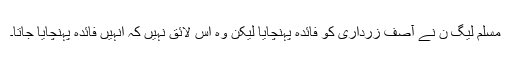
مسلم لیگ ن نے آصف زرداری کو فائدہ پہنچایا لیکن وہ اس لائق نہیں کہ انہیں فائدہ پہنچایا جاتا۔